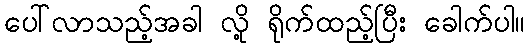
ပေါ်လာသည့်အခါ လို့ ရိုက်ထည့်ပြီး ခေါက်ပါ။